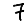
Digit: 7